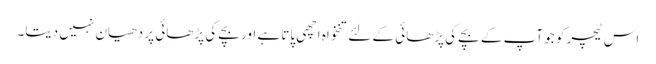
اس ٹیچر کو جو آپ کے بچے کی پڑھائی کے لئے تنخواہ اچھی پاتا ہے اور بچے کی پڑھائی پر دھیان نہیں دیتا۔